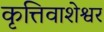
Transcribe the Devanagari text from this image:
कृत्तिवाशेश्वर